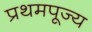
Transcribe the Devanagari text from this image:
प्रथमपूज्य